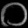
Digit: ၀